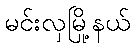
မင်းလှမြို့နယ်